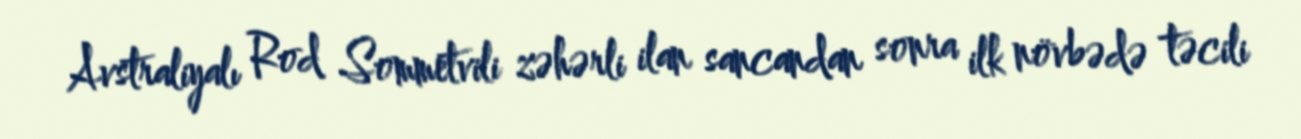
Avstraliyalı Rod Sommetvili zəhərli ilan sancandan sonra ilk növbədə təcili